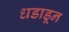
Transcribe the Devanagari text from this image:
धडाडून